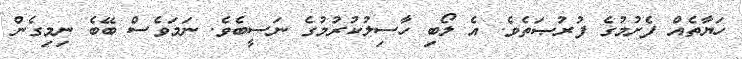
ހަޔާތެއް ފެށުމުގެ ފުރުޞަތެވެ. އެ ލޯބި ހާސިލުކުރުމުގެ ނަސީބެވެ. ނަމަވެސް ބޭބެ ނިމިގެން